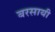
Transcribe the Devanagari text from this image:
बरसायी